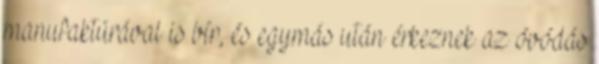
manufaktúrával is bír, és egymás után érkeznek az óvódás